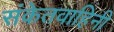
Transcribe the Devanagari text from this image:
संकेतवाहिनी